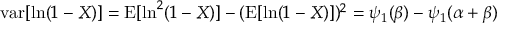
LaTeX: \operatorname { v a r } [ \ln ( 1 - X ) ] = \operatorname { E } [ \ln ^ { 2 } ( 1 - X ) ] - ( \operatorname { E } [ \ln ( 1 - X ) ] ) ^ { 2 } = \psi _ { 1 } ( \beta ) - \psi _ { 1 } ( \alpha + \beta )